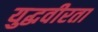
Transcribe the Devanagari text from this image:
युद्धवीरता